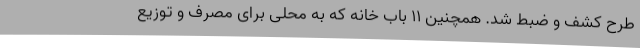
طرح کشف و ضبط شد. همچنین 11 باب خانه که به محلی برای مصرف و توزیع